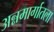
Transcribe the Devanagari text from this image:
अन्नमार्गातला